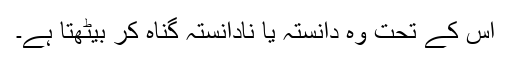
اس کے تحت وہ دانستہ یا نادانستہ گناہ کر بیٹھتا ہے۔